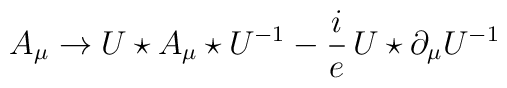
A_{\mu} \rightarrow U\star A_{\mu}\star U^{-1} - \frac{i}{e}\,U\star\partial_{\mu}U^{-1}